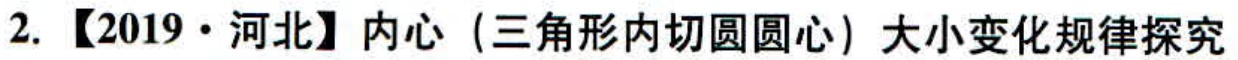
2. 【2019·河北】内心（三角形内切圆圆心）大小变化规律探究